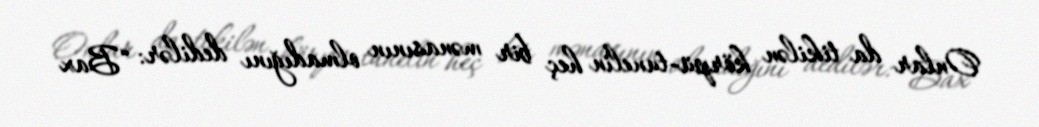
Onlar da tikilən körpü-tunelin heç bir mənasının olmadığını dedilər: “Bax